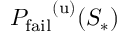
{ P _ { \mathrm { f a i l } } } ^ { ( \mathrm { u } ) } ( S _ { * } )